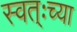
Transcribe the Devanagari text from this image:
स्वत्ःच्या